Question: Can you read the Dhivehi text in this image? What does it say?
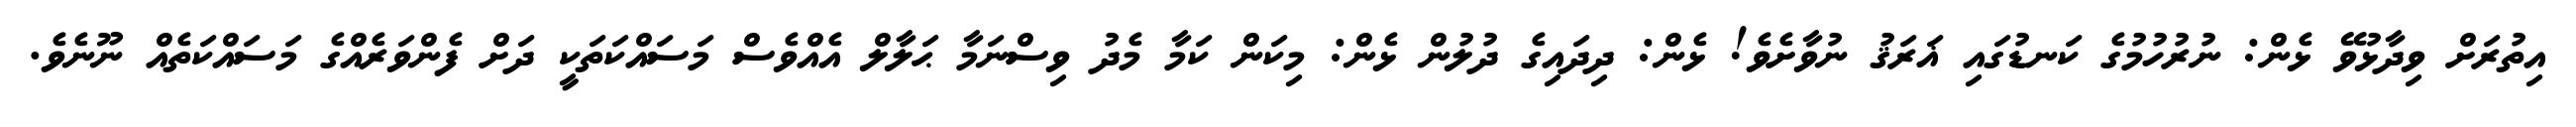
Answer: އިތުރަށް ވިދާޅުވޭ ޅެން: ނުރުހުމުގެ ކަނޑުގައި ޣަރަޤު ނުވާށެވެ! ޅެން: ދިދައިގެ ދުލުން ޅެން: މިކަން ކަމާ މެދު ވިސްނަމާ ޙަލާލް އެއްވެސް މަސައްކަތަކީ ދަށް ފެންވަރެއްގެ މަސައްކަތެއް ނޫނެވެ.